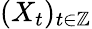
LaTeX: (X_{t})_{t\in\mathbb{Z}}